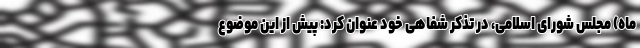
ماه) مجلس شورای اسلامی، در تذکر شفاهی خود عنوان کرد: پیش از این موضوع